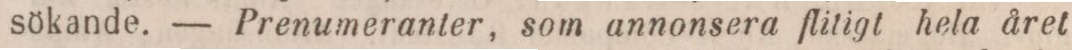
sökande. — Prenumeranter, som annonsera flitigt hela året